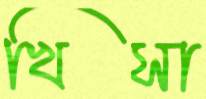
খিসা